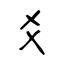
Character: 爻